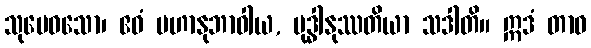
သုမေဓသော၊ ဧဝံ မဟာနုဘာဝါယ, ဗုဒ္ဓါနုဿတိယာ သဒါတိ။ ဣဒံ တာဝ